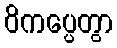
ဝိကပ္ပေတွာ